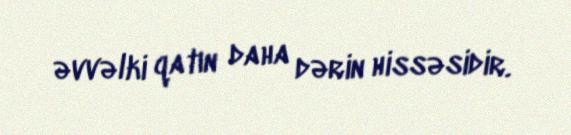
əvvəlki qatın daha dərin hissəsidir.